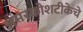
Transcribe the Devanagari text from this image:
अमरकोशटीकेचे